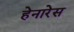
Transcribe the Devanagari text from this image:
हेनारेस